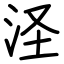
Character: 𣲾